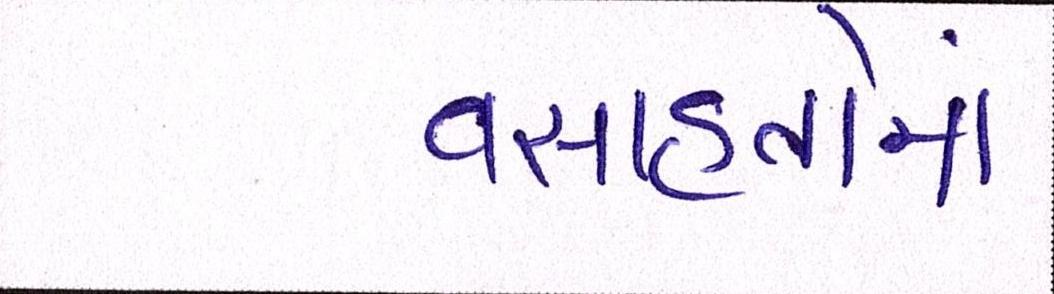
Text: વસાહતોમાં